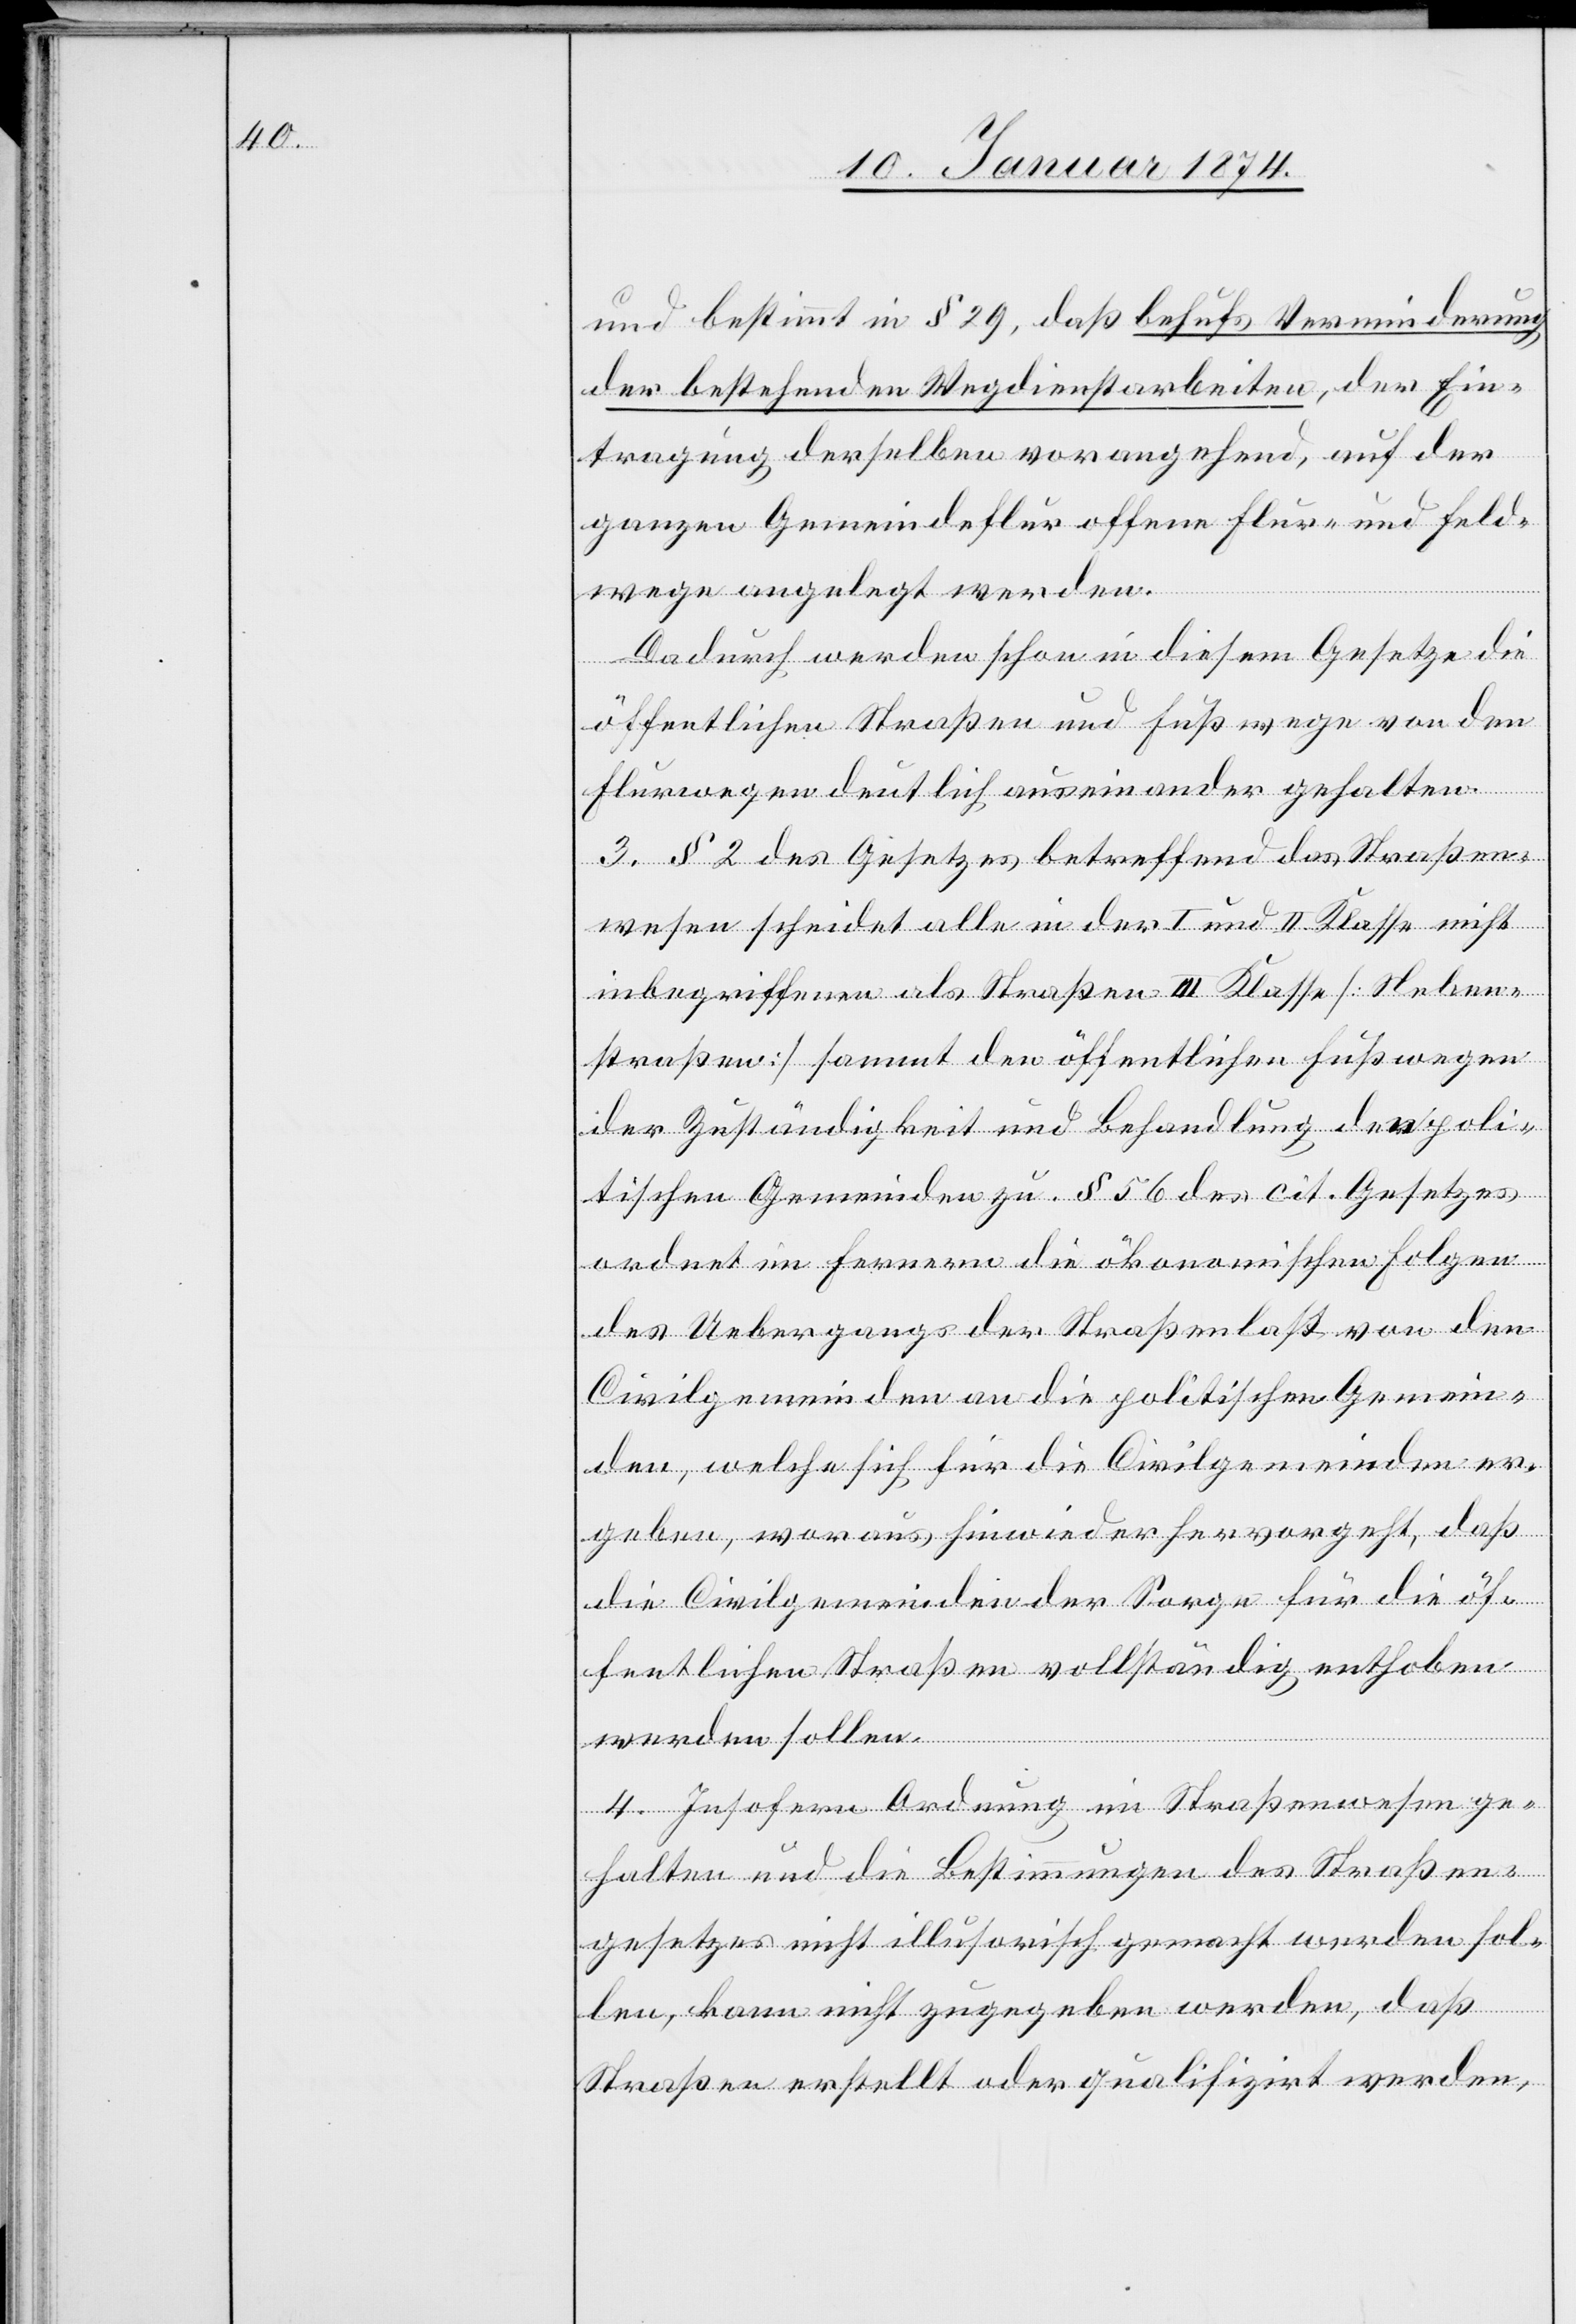
und bestimmt in § 29, daß behufs Verminderung
der bestehenden Wegdienstarbeiten, der Ein¬
tragung derselben vorangehend, auf der
ganzen Gemeindeflur offene Flur- und Feld¬
wege angelegt werden.
Dadurch werden schon in diesem Gesetze die
öffentlichen Straßen und Fußwege von den
Flurwegen deutlich auseinander gehalten.
3. § 2 des Gesetzes betreffend das Straßen¬
wesen scheidet alle in der I und II Klasse nicht
inbegriffenen als Straßen III Klasse [Neben¬
straßen] sammt der öffentlichen Fußwegen
der Zuständigkeit und Behandlung der poli¬
tischen Gemeinden zu. § 56 des cit. Gesetzes
ordnet im ferneren die ökonomischen Folgen
des Uebergangs der Straßenlast von den
Civilgemeinden an die politischen Gemein¬
den, welche sich für die Civilgemeinden er¬
geben, woraus hinwieder hervorgeht, daß
die Civilgemeinden der Sorge für die öf¬
fentlichen Straßen vollständig enthoben
werden sollen.
4. Insofern Ordnung im Straßenwesen ge¬
halten und die Bestimmungen des Straßen¬
gesetzes nicht illusorisch gemacht werden sol¬
len, kann nicht zugegeben werden, daß
Straßen erstellt oder qualifizirt werden,